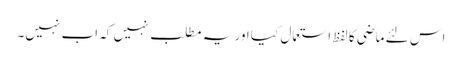
اس لئے ماضی کا لفظ استعمال کیا اور یہ مطلب نہیں کہ اب نہیں۔